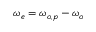
\omega _ { e } = \omega _ { o , p } - \omega _ { o }